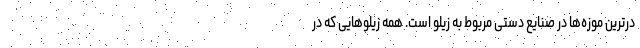
درترین موزه‌ها در صنایع دستی مربوط به زیلو است. همه زیلوهایی که در